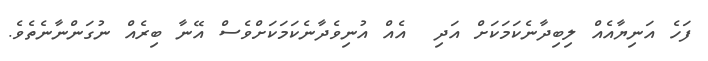
ފަހެ އަނިޔާއެއް ލިބިދާނެކަމަކަށް އަދި  އެއް އުނިވެދާނެކަމަކަށްވެސް އޭނާ ބިރެއް ނުގަންނާނެތެވެ.